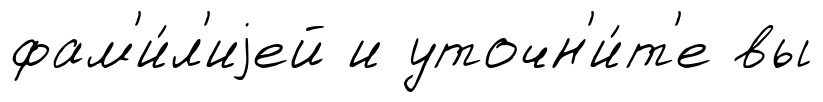
фам'и́л'иjей и уточн'и́т'е вы